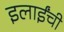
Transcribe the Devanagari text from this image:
इलाईंची